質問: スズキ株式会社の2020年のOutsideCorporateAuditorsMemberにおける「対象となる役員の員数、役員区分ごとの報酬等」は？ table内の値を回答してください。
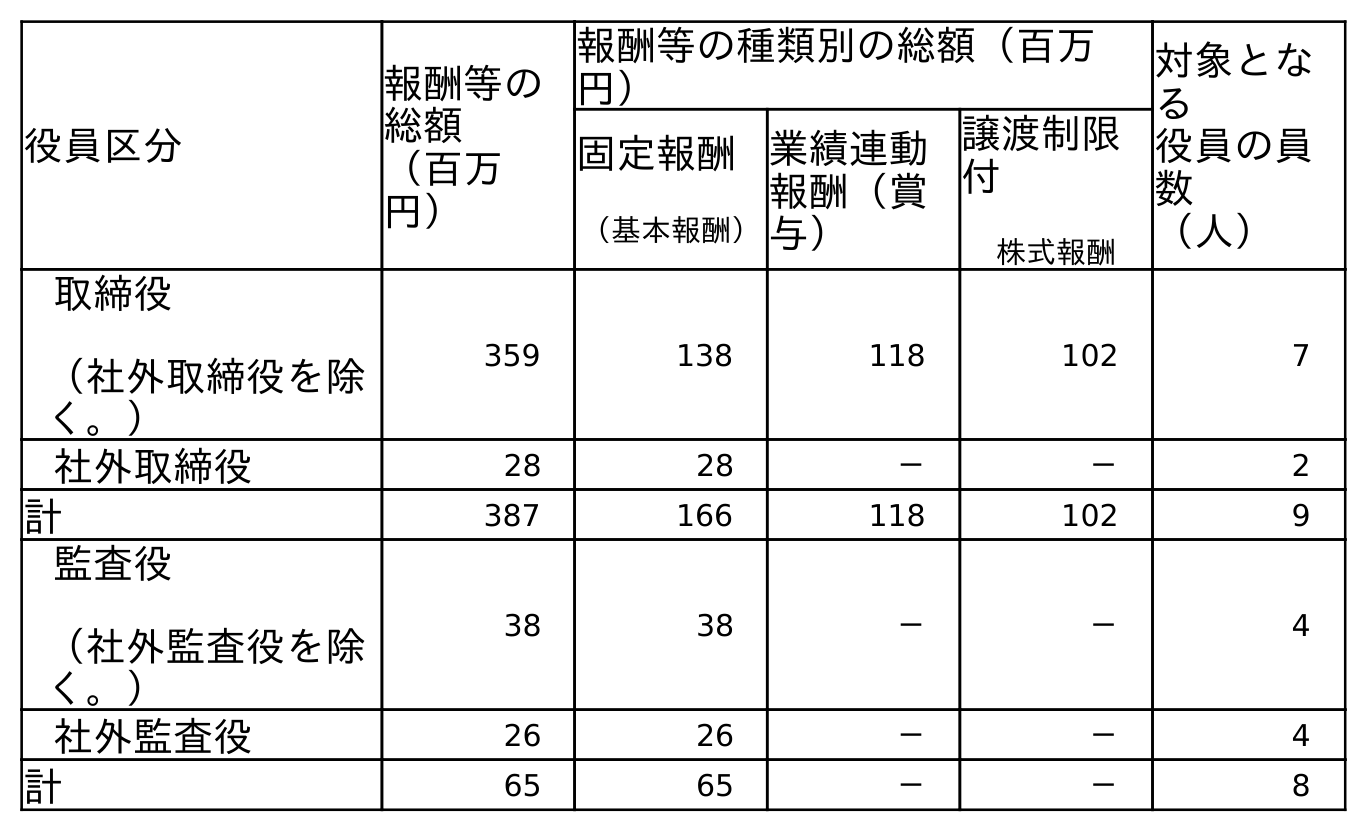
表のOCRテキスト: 役員区分 報酬等の 総額 （百万 円） 報酬等の種類別の総額（百万 円） 対象とな る 役員の員 数 （人） 固定報酬 （基本報酬） 業績連動 報酬（賞 与） 譲渡制限 付 株式報酬 取締役 （社外取締役を除 く。） 359 138 118 102 7 社外取締役 28 28 － － 2 計 387 166 118 102 9 監査役 （社外監査役を除 く。） 38 38 － － 4 社外監査役 26 26 － － 4 計 65 65 － － 8
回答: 4